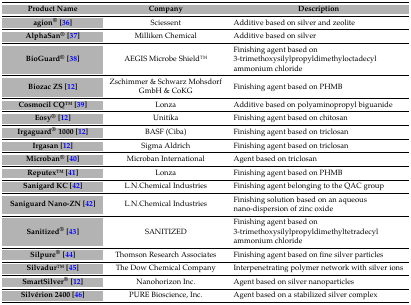
<table><thead><tr><td><b>Product Name</b></td><td><b>Company</b></td><td><b>Description</b></td></tr></thead><tbody><tr><td><b>agion<sup>®</sup> [36]</b></td><td>Sciessent</td><td>Additive based on silver and zeolite</td></tr><tr><td><b>AlphaSan<sup>®</sup> [37]</b></td><td>Milliken Chemical</td><td>Additive based on silver</td></tr><tr><td><b>BioGuard<sup>®</sup> [38]</b></td><td>AEGIS Microbe ShieldTM</td><td>Finishing agent based on 3-trimethoxysilylpropyldimethyloctadecyl ammonium chloride</td></tr><tr><td><b>Biozac ZS [12]</b></td><td>Zschimmer &amp; Schwarz Mohsdorf GmbH &amp; CoKG</td><td>Finishing agent based on PHMB</td></tr><tr><td><b>Cosmocil CQTM [39]</b></td><td>Lonza</td><td>Additive based on polyaminopropyl biguanide</td></tr><tr><td><b>Eosy<sup>®</sup> [12]</b></td><td>Unitika</td><td>Finishing agent based on chitosan</td></tr><tr><td><b>Irgaguard<sup>®</sup> 1000 [12]</b></td><td>BASF (Ciba)</td><td>Finishing agent based on triclosan</td></tr><tr><td><b>Irgasan [12]</b></td><td>Sigma Aldrich</td><td>Finishing agent based on triclosan</td></tr><tr><td><b>Microban<sup>®</sup> [40]</b></td><td>Microban International</td><td>Agent based on triclosan</td></tr><tr><td><b>ReputexTM [41]</b></td><td>Lonza</td><td>Finishing agent based on PHMB</td></tr><tr><td><b>Sanigard KC [42]</b></td><td>L.N.Chemical Industries</td><td>Finishing agent belonging to the QAC group</td></tr><tr><td><b>Saniguard Nano-ZN [42]</b></td><td>L.N.Chemical Industries</td><td>Finishing solution based on an aqueous nano-dispersion of zinc oxide</td></tr><tr><td><b>Sanitized<sup>®</sup> [43]</b></td><td>SANITIZED</td><td>Finishing agent based on 3-trimethoxysilylpropyldimethyltetradecyl ammonium chloride</td></tr><tr><td><b>Silpure<sup>®</sup> [44]</b></td><td>Thomson Research Associates</td><td>Finishing agent based on fine silver particles</td></tr><tr><td><b>SilvadurTM [45]</b></td><td>The Dow Chemical Company</td><td>Interpenetrating polymer network with silver ions</td></tr><tr><td><b>SmartSilver<sup>®</sup> [12]</b></td><td>Nanohorizon Inc.</td><td>Agent based on silver nanoparticles</td></tr><tr><td><b>Silvérion 2400 [46]</b></td><td>PURE Bioscience, Inc.</td><td>Agent based on a stabilized silver complex</td></tr></tbody></table>